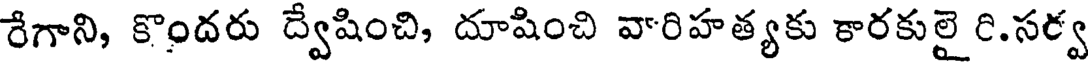
రేగాని, కొందరు ద్వేషించి, దూషించి వారిహత్యకు కారకులై రి.సర్వ